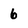
Character: 6